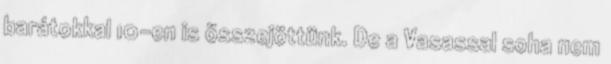
barátokkal 10-en is összejöttünk. De a Vasassal soha nem